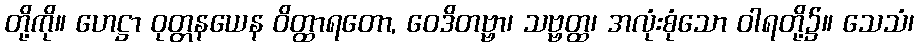
တို့ကို။ ဟေဋ္ဌာ ဝုတ္တနယေန ဝိတ္ထာရတော, ဝေဒိတဗ္ဗာ၊ သဗ္ဗတ္ထ၊ အလုံးစုံသော ဝါရတို့၌။ သေသံ၊